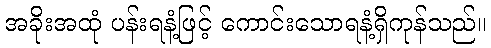
အခိုးအထုံ ပန်းရနံ့ဖြင့် ကောင်းသောရနံ့ရှိကုန်သည်။